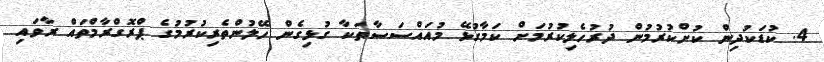
4. ކުޑަކުދިން ކުށްކުރުމުން ދުރުހެލިކުރުމަށް ކަމާގުޅޭ މުއައްސަސާތަކާ ގުޅިގެން ހޭލުންތެރިކުރުމުގެ ޕްރޮގްރާމްތައް ރާވައި